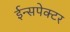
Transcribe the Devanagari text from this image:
ईन्सपेक्टर